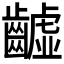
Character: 𪙫